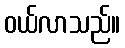
ဝယ်လာသည်။